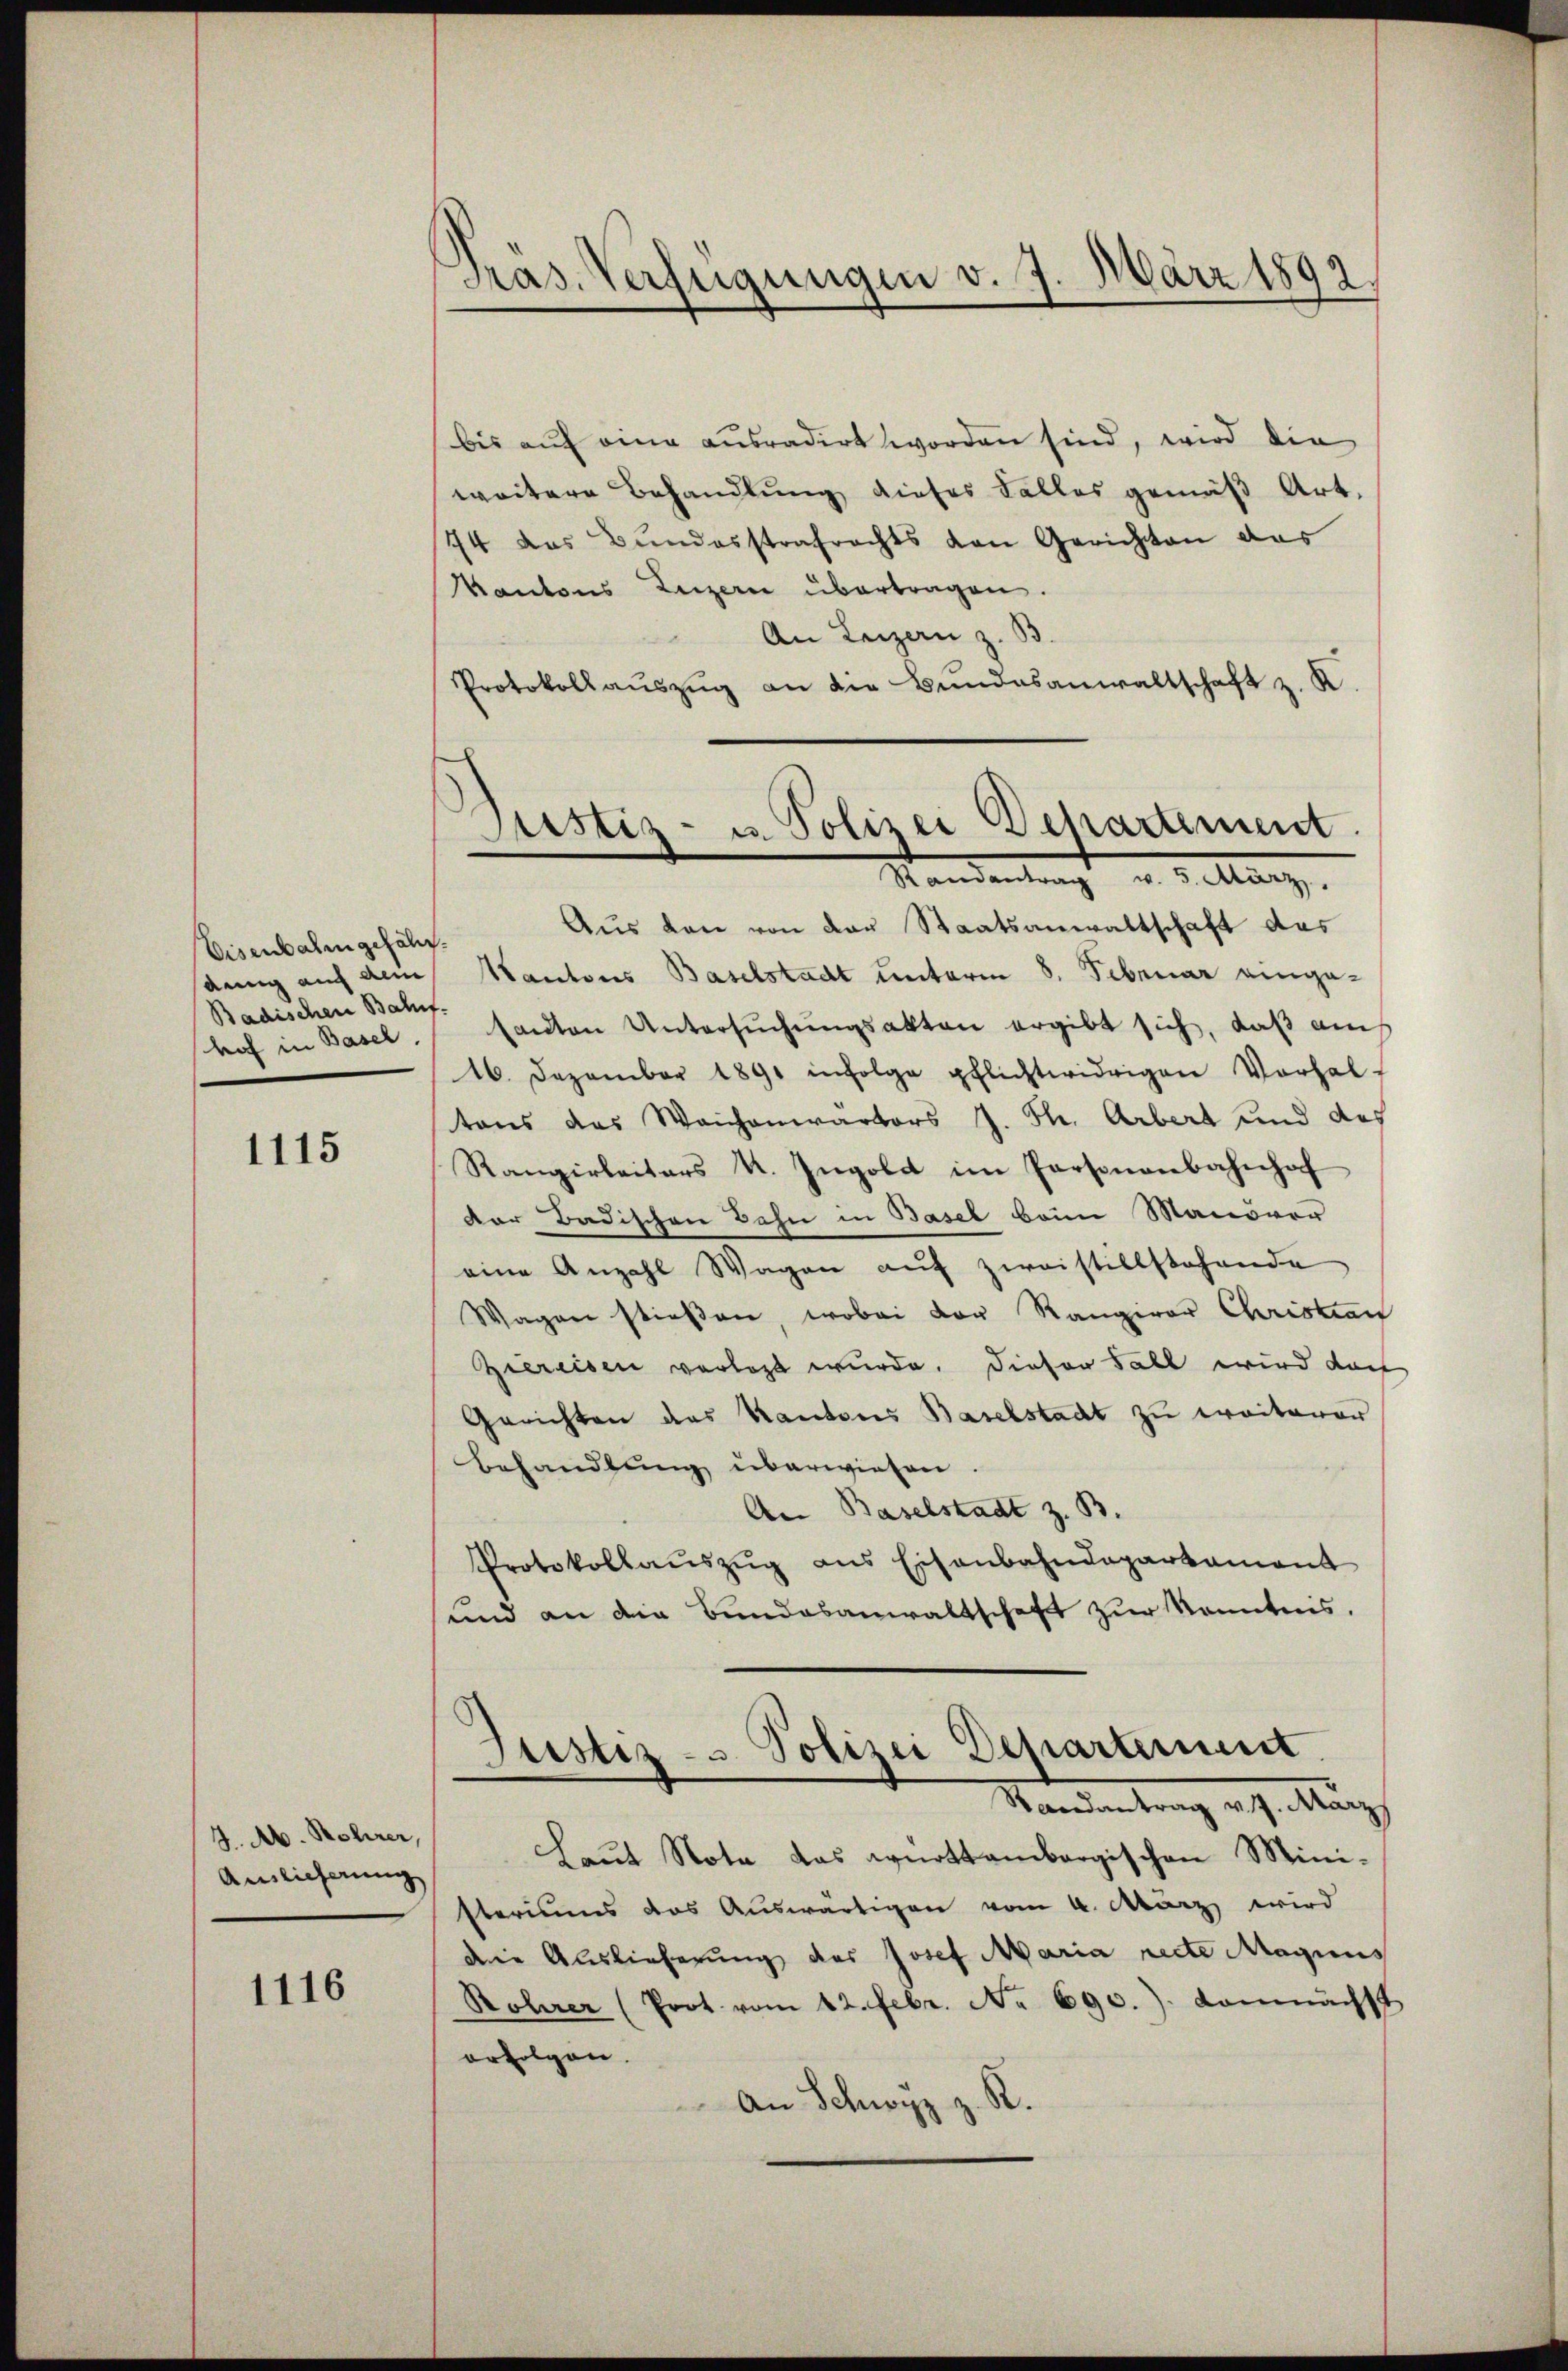
Visenbahngefähr
Badischen Bahnf-
hof in Basel.

1115

4. Ab. Rohrer,
Auslieferung

1116

Präs. Verfügungen v. 7. März 1892.

bis auf eine ausradirt worden sind, wird die
weitere Behandlung dieses Falles gemäß Art.
74 des Bŭndesstrafrechts von Gerichten das
Kantons Luzern übertragen.
An Luzern z. B.
Protokollauszug an die Bundesanwaltschaft z. K
Aus den von der Staatsanwaltschaft das
aenig auf dem Mantons Baselstadt unterm 8. Februar einge-
santen Untersŭchŭngsakten ergibt sich, daß auch
16. Dezember 1891 infolge pflichtwidrigen Vorhal-
tons das Weichenwarters J. Th. Arbert und des
Rangirleiters k. Ingold im Personenbahnhof
der Badischen Bahn in Basel beim Manöver
eine Anzahl Wagen aŭf zweistillstehende
Wagen stießen, wobei der Rangirer Christian
Ziereisen verlegt wurde. Dieser Fall wird dar
Gerichten des Kantons Baselstadt zu weiterer
Behandlŭng überwiesen.
An Baselstadt z. B.
Protokollaŭszŭg ans Eisenbahndepartament
sund an die Bundesanwaltschaft zur Kenntnis,
Justiz- u Polizei Departement
Randantrag v. J. März
Laut Nota das württembergischen Ministeriums das Auswärtigen vom 4. März wird
die Auslieferung des Josef Maria recte Magius
Roherer (Prot. vom 12. Febr. No 690.). Komnächst
erfolgen.
An Schwyz z. R.

Justiz- u. Polizei Departement
Standentragt in Geltung